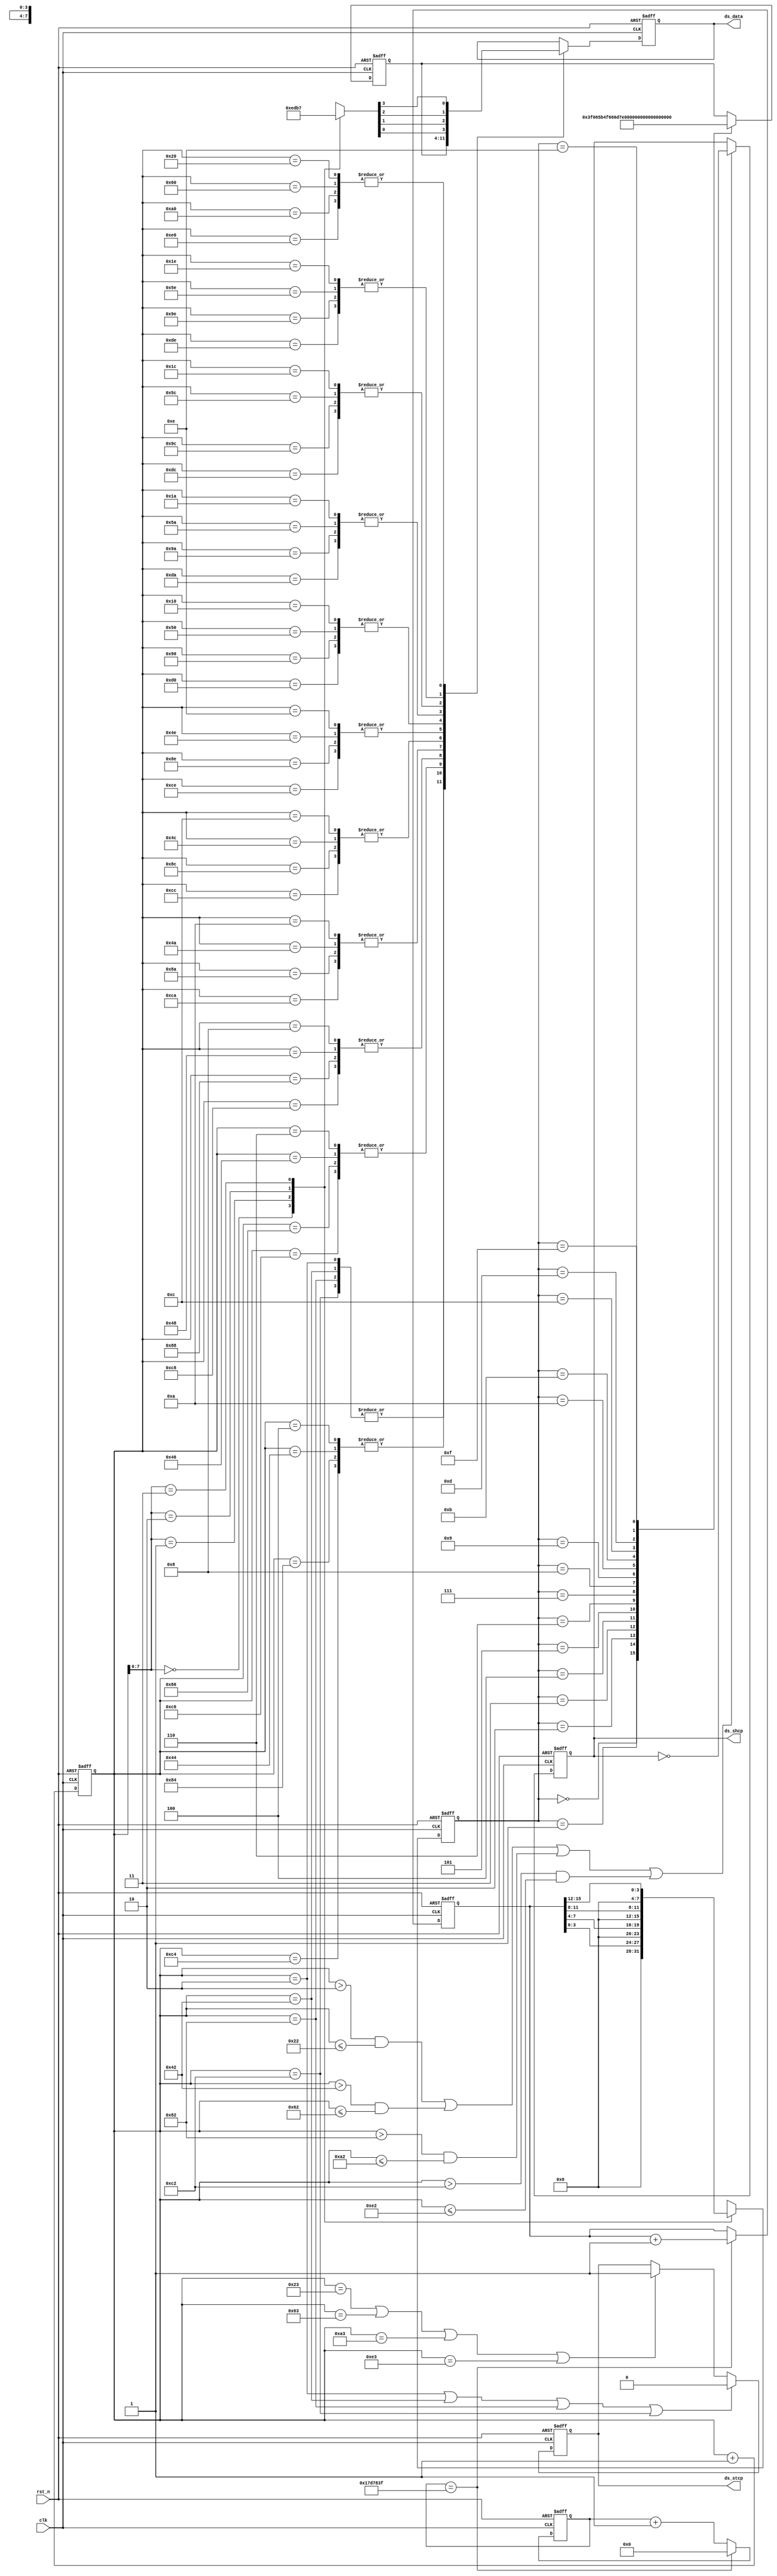
`timescale 1ns / 1ps
////////////////////////////////////////////////////////////////////////////////
// Company		: 
// Design Name	: cyclone_PLL_top
// Module Name	: cyclone_PLL_top
// Project Name	: cyclone_PLL_top
// Target Device: Cyclone EP1C3T144C8 
// Tool versions: Quartus II 8.1
// Description	: 1s
//							
// Revision		: V1.0
// Additional Comments	:  
// EDNFPGA/CPLDhttp://group.ednchina.com/1375/
////////////////////////////////////////////////////////////////////////////////
module seg7(
			clk,rst_n,
			ds_stcp,ds_shcp,ds_data
		);

input clk;	//25M
input rst_n;	//

output ds_stcp;		//74HC595
output ds_shcp;		//74HC595
output ds_data;		//74HC595


//-------------------------------------------------
//

// 0~F 
parameter 	SEG_NUM0 	= 8'h3f,//c0,
			SEG_NUM1 	= 8'h06,//f9,
			SEG_NUM2 	= 8'h5b,//a4,
			SEG_NUM3 	= 8'h4f,//b0,
			SEG_NUM4 	= 8'h66,//99,
			SEG_NUM5 	= 8'h6d,//92,
			SEG_NUM6 	= 8'h7d,//82,
			SEG_NUM7 	= 8'h07,//F8,
			SEG_NUM8 	= 8'h7f,//80,
			SEG_NUM9 	= 8'h6f,//90,
			SEG_NUMA 	= 8'h77,//88,
			SEG_NUMB 	= 8'h7c,//83,
			SEG_NUMC 	= 8'h39,//c6,
			SEG_NUMD 	= 8'h5e,//a1,
			SEG_NUME 	= 8'h79,//86,
			SEG_NUMF 	= 8'h71;//8e;

// 0~3 
parameter	SEG_WE0		= 4'b1110,
			SEG_WE1		= 4'b1101,
			SEG_WE2		= 4'b1011,
			SEG_WE3		= 4'b0111;

//-------------------------------------------------
//
reg[24:0] cnt_1s;	//1s0-24999999
reg[15:0] dis_data;	//16

	//1s
always @(posedge clk or negedge rst_n)
	if(!rst_n) cnt_1s <= 25'd0;
	else if(cnt_1s == 25'd24_999_999) cnt_1s <= 25'd0;
	else cnt_1s <= cnt_1s+1'b1;

wire done_1s = (cnt_1s == 25'd24_999_999);	//1s

	//
always @(posedge clk or negedge rst_n)
	if(!rst_n) dis_data <= 16'd0;
	else if(done_1s) dis_data <= dis_data+1'b1;

//-------------------------------------------------
//
reg[7:0] seg_num;	//
reg[7:0] seg_duan;	//78
reg[3:0] seg_wei;	//7

reg[7:0] cnt_4;		//

	//
always @(posedge clk or negedge rst_n)
	if(!rst_n) cnt_4 <= 8'd0;
	else cnt_4 <= cnt_4+1'b1;

	//
always @(posedge clk or negedge rst_n)
	if(!rst_n) seg_num <= 8'h00;
	else 
		case(cnt_4[7:6])
				2'b00: seg_num <= dis_data[3:0];
				2'b01: seg_num <= dis_data[7:4];
				2'b10: seg_num <= dis_data[11:8];
				2'b11: seg_num <= dis_data[15:12];
			default:  seg_num <= 8'h00;
			endcase

	//
always @(posedge clk or negedge rst_n)
	if(!rst_n) seg_duan <= 8'h00;
	else
		case(seg_num) 
			4'h0: seg_duan <= SEG_NUM0;
			4'h1: seg_duan <= SEG_NUM1;
			4'h2: seg_duan <= SEG_NUM2;
			4'h3: seg_duan <= SEG_NUM3;
			4'h4: seg_duan <= SEG_NUM4;
			4'h5: seg_duan <= SEG_NUM5;
			4'h6: seg_duan <= SEG_NUM6;
			4'h7: seg_duan <= SEG_NUM7;
			4'h8: seg_duan <= SEG_NUM8;
			4'h9: seg_duan <= SEG_NUM9;
			4'ha: seg_duan <= SEG_NUMA;
			4'hb: seg_duan <= SEG_NUMB;
			4'hc: seg_duan <= SEG_NUMC;
			4'hd: seg_duan <= SEG_NUMD;
			4'he: seg_duan <= SEG_NUME;
			4'hf: seg_duan <= SEG_NUMF;
		default: ;
		endcase

	//
always @(cnt_4[7:6])
	case(cnt_4[7:6])
			2'b00: seg_wei <= SEG_WE0;
			2'b01: seg_wei <= SEG_WE1;
			2'b10: seg_wei <= SEG_WE2;
			2'b11: seg_wei <= SEG_WE3;
		default:  seg_wei <= 4'b1111;
		endcase

//-------------------------------------------------
//74HC95			
reg ds_stcpr;	//74HC595
reg ds_shcpr;	//74HC595
reg ds_datar;	//74HC595
			
	//	
always @(posedge clk or negedge rst_n)			
	if(!rst_n) ds_shcpr <= 1'b0;
	else if((cnt_4 > 8'h02 && cnt_4 <= 8'h22) || (cnt_4 > 8'h42 && cnt_4 <= 8'h62)
			|| (cnt_4 > 8'h82 && cnt_4 <= 8'ha2) || (cnt_4 > 8'hc2 && cnt_4 <= 8'he2)) 
		ds_shcpr <= ~ds_shcpr;
			
	//
always @(posedge clk or negedge rst_n)			
	if(!rst_n) ds_datar <= 1'b0;
	else 
		case(cnt_4)
			8'h02,8'h42,8'h82,8'hc2: ds_datar <= seg_duan[7];
			8'h04,8'h44,8'h84,8'hc4: ds_datar <= seg_duan[6];
			8'h06,8'h46,8'h86,8'hc6: ds_datar <= seg_duan[5];
			8'h08,8'h48,8'h88,8'hc8: ds_datar <= seg_duan[4];
			8'h0a,8'h4a,8'h8a,8'hca: ds_datar <= seg_duan[3];
			8'h0c,8'h4c,8'h8c,8'hcc: ds_datar <= seg_duan[2];
			8'h0e,8'h4e,8'h8e,8'hce: ds_datar <= seg_duan[1];
			8'h10,8'h50,8'h90,8'hd0: ds_datar <= seg_duan[0];
			8'h1a,8'h5a,8'h9a,8'hda: ds_datar <= seg_wei[0];
			8'h1c,8'h5c,8'h9c,8'hdc: ds_datar <= seg_wei[1];
			8'h1e,8'h5e,8'h9e,8'hde: ds_datar <= seg_wei[2];
			8'h20,8'h60,8'ha0,8'he0: ds_datar <= seg_wei[3];
			default: ;
			endcase

	//
always @(posedge clk or negedge rst_n)			
	if(!rst_n) ds_stcpr <= 1'b0;
	else if((cnt_4 == 8'h02) || (cnt_4 == 8'h42) || (cnt_4 == 8'h82) || (cnt_4 == 8'hc2)) ds_stcpr <= 1'b0;
	else if((cnt_4 == 8'h23) || (cnt_4 == 8'h63) || (cnt_4 == 8'ha3) || (cnt_4 == 8'he3)) ds_stcpr <= 1'b1;

wire ds_stcp = ds_stcpr;
wire ds_shcp = ds_shcpr;
wire ds_data = ds_datar;			

endmodule